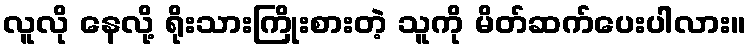
လူလို နေလို့ ရိုးသားကြိုးစားတဲ့ သူကို မိတ်ဆက်ပေးပါလား။